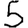
Digit: 5